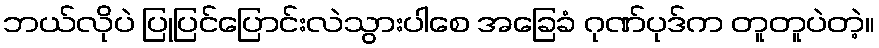
ဘယ်လိုပဲ ပြုပြင်ပြောင်းလဲသွားပါစေ အခြေခံ ဂုဏ်ပုဒ်က တူတူပဲတဲ့။